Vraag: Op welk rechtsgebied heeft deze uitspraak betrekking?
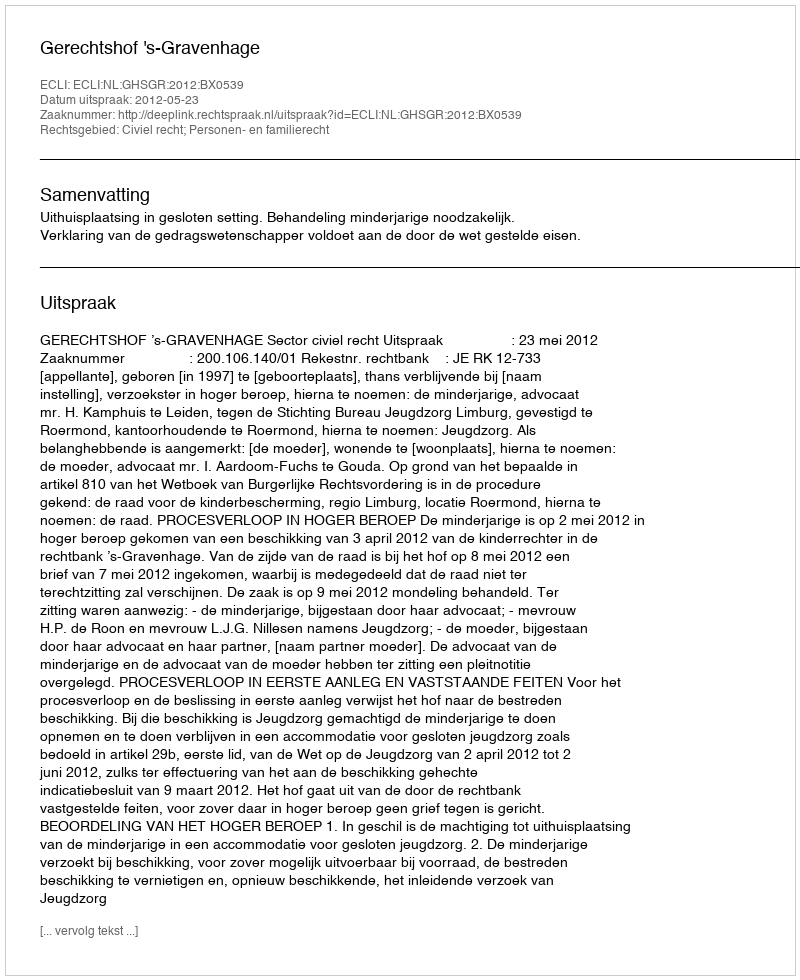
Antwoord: Civiel recht; Personen- en familierecht